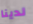
لدينا